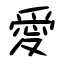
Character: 愛